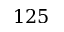
1 2 5